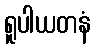
ရူပါယတနံ